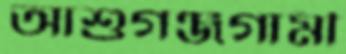
আশুগঞ্জগামী